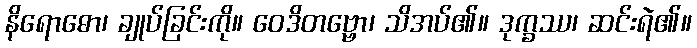
နိရောဓော၊ ချုပ်ခြင်းကို။ ဝေဒိတဗ္ဗော၊ သိအပ်၏။ ဒုက္ခဿ၊ ဆင်းရဲ၏။